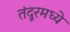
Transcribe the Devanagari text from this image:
तंदूरमध्ये